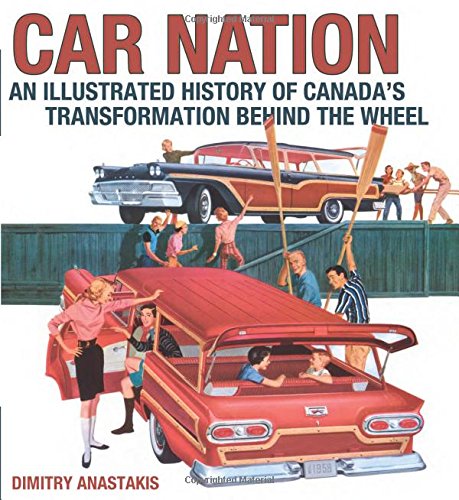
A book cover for Car Nation: An Illustrated History of Canada's Transformation Behind the Wheel (Lorimer Illustrated History); Dimitry Anastakis; Engineering & Transportation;